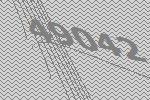
49042